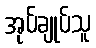
အုပ်ချုပ်သူ